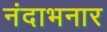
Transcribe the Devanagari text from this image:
नंदाभनार